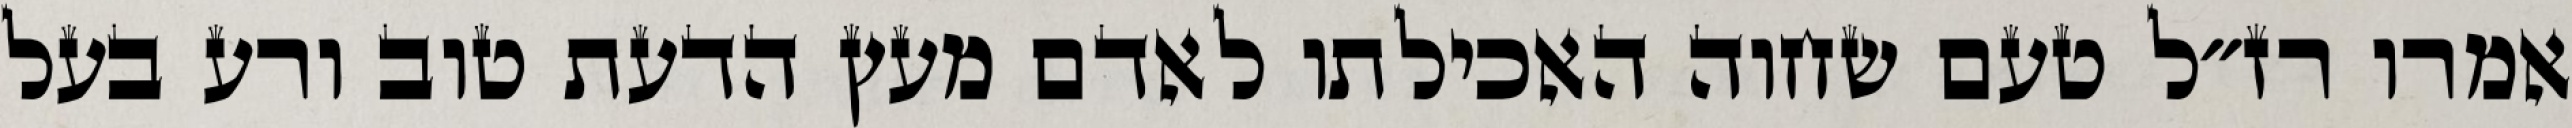
אמרו רז״ל טעם שחוה האכילתו לאדם מעץ הדעת טוב ורע בעל